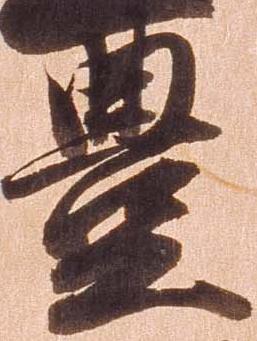
豊